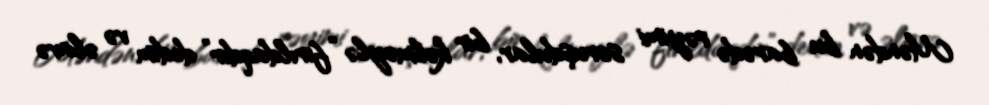
Məndən bu barədə rəyimi soruşdular, bir kəlməylə “fırıldaqdır” dedim və əlavə